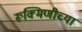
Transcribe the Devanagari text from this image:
रूक्मिणीच्या